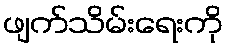
ဖျက်သိမ်းရေးကို